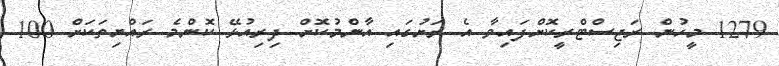
1279 މީހުން ރަޖިސްޓްރީކޮށްފައިވާ އެ ރަށުގައި އާންމުކޮށް ދިރިއުޅޭ ކޮންމެ ރައްޔިތަކަށް 100